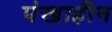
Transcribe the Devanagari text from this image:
पंखाहीन